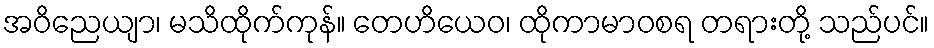
အဝိညေယျာ၊ မသိထိုက်ကုန်။ တေဟိယေဝ၊ ထိုကာမာဝစရ တရားတို့ သည်ပင်။